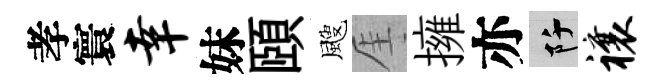
孝寰幸妹頤颼厓擁亦阡禳